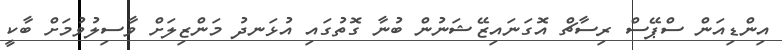
އިންޑިއަން ސްޕޭސް ރިސާޗް އޮގަނައިޒޭޝަނުން ބުނާ ގޮތުގައި އުޅަނދު މަންޒިލަށް ވާސިލުވުމަށް ބާކީ